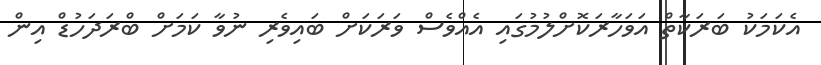
އެކަމަކު ބަރަކާތް އަވަހާރަކޮށްލުމުގައި އެއްވެސް ވަރަކަށް ބައިވެރި ނުވާ ކަމަށް ބްރަދަހުޑް އިން